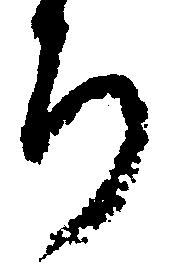
ち